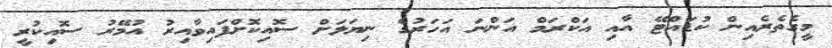
މީގެތެރެއިން ކުޑައްޓޭ އާއި އަކްރަމް އަންނަ އަހަރުގެ ނިޔަލަށް ސޮއިކޮށްފައިވާއިރު އުމޭރު ސޮއިކުރީ